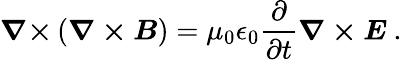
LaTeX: {\boldsymbol{\nabla\times}}\left({\boldsymbol{\nabla\times B}}\right)=\mu_{0}\epsilon_{0}{\frac{\partial}{\partial t}}{\boldsymbol{\nabla\times E}}\ .